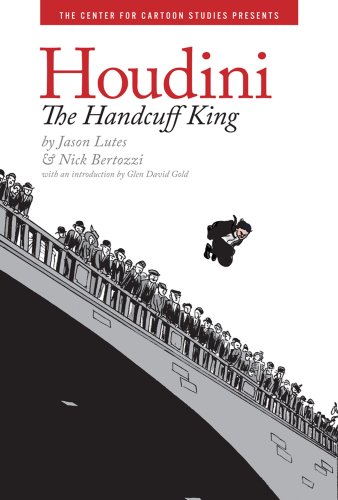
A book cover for Houdini: The Handcuff King; Jason Lutes; Teen & Young Adult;